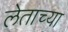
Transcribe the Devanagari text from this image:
लेताच्या